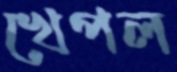
খেপল